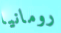
رومانيا